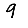
Digit: 9